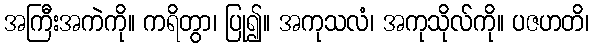
အကြီးအကဲကို။ ကရိတွာ၊ ပြု၍။ အကုသလံ၊ အကုသိုလ်ကို။ ပဇဟတိ၊